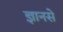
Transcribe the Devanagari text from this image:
ज्ञानसे